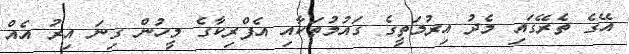
އޭގެ ތެރޭގައި މެދު އިރުމަތީގެ ގައުމުތަކާއި އެފްރިކާގެ މީހުން ގިނަ އިރު އެއް